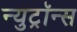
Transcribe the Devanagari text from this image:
न्युट्रॉन्स